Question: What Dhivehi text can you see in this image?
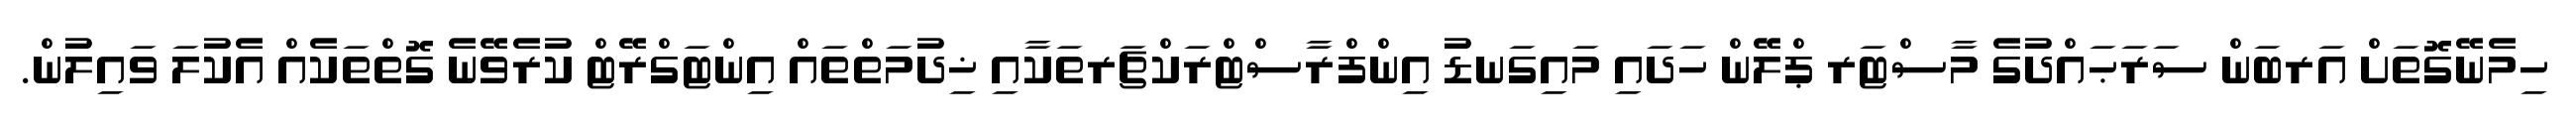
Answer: ހިމެނޭގޮތަށް އަރބަން ސަރަޙައްދުގެ މާސްޓަރ ޕްލޭން ހަދައި މައިގަނޑު އިންފްރާސްޓްރަކްޗަރތަކާއި ޚިދުމަތްތައް އިންޓަގްރޭޓް ކުރެވޭނެ ގޮތްތަކެއް އެކުލަ ވައިލުން.